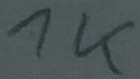
Text: 1K